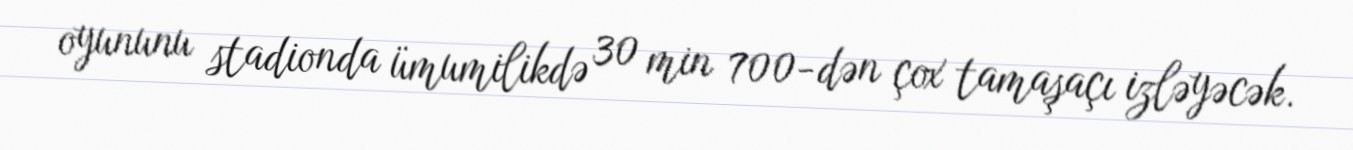
oyununu stadionda ümumilikdə 30 min 700-dən çox tamaşaçı izləyəcək.